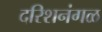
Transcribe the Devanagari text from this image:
दरिशनंगळ